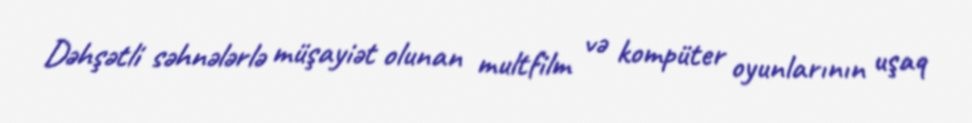
Dəhşətli səhnələrlə müşayiət olunan multfilm və kompüter oyunlarının uşaq